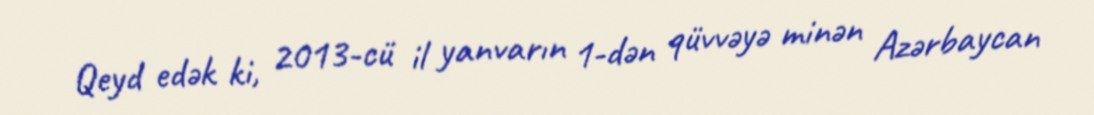
Qeyd edək ki, 2013-cü il yanvarın 1-dən qüvvəyə minən Azərbaycan